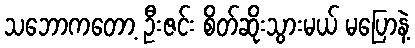
သဘောကတော့ ဦးဇင်း စိတ်ဆိုးသွားမယ် မပြောနဲ့